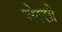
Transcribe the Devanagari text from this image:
जेरसी